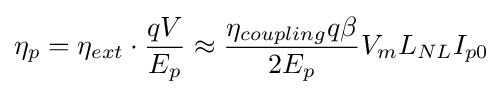
\eta _{p}=\eta _{ext}\cdot {\frac {qV}{E_{p}}}\approx {\frac {\eta _{coupling}q\beta }{2E_{p}}}V_{m}L_{NL}I_{p0}